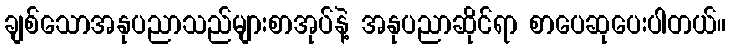
ချစ်သောအနုပညာသည်များစာအုပ်နဲ့ အနုပညာဆိုင်ရာ စာပေဆုပေးပါတယ်။